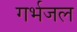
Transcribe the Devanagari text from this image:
गर्भजल